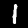
Digit: 1